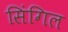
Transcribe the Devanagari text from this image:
सिंगिल